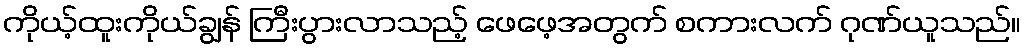
ကိုယ့်ထူးကိုယ်ချွန် ကြီးပွားလာသည့် ဖေဖေ့အတွက် စကားလက် ဂုဏ်ယူသည်။